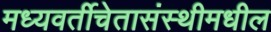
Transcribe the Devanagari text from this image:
मध्यवर्तीचेतासंस्थीमधील